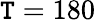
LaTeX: \mathtt{T}=180